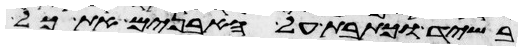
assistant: בשיד וכתבת על האבנים את כל